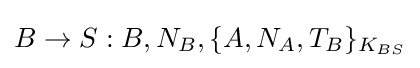
B\rightarrow S:B,N_{B},\{A,N_{A},T_{B}\}_{K_{BS}}